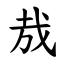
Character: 㦲